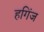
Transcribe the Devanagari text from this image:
हगिंज